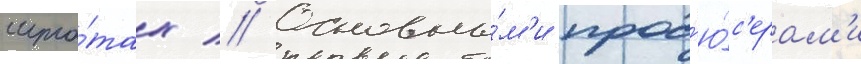
шта́тах // Основны́м'и прод'ю́с'ерам'и